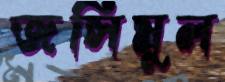
জসিমুল